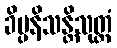
ခိပ္ပနိသန္တိသုတ္တံ